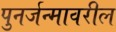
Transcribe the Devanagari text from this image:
पुनर्जन्मावरील